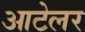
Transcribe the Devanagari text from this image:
आटेलर